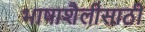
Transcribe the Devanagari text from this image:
भाषाशैलीसाठी